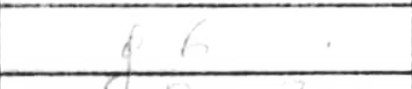
Transcription: f6